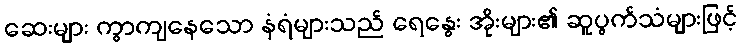
ဆေးများ ကွာကျနေသော နံရံများသည် ရေနွေး အိုးများ၏ ဆူပွက်သံများဖြင့်